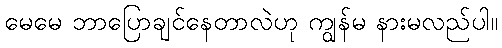
မေမေ ဘာပြောချင်နေတာလဲဟု ကျွန်မ နားမလည်ပါ။